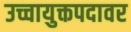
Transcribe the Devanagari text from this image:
उच्चायुक्तपदावर